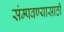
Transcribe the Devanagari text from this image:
संम्पवण्यासाठी